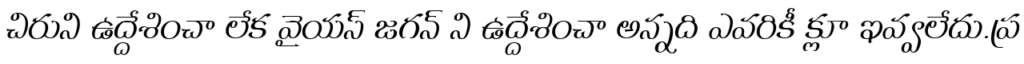
చిరుని ఉద్దేశించా లేక వైయస్ జగన్ ని ఉద్దేశించా అన్నది ఎవరికీ క్లూ ఇవ్వలేదు.ప్ర